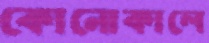
কোনোকালে